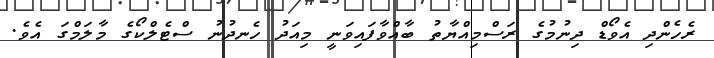
ރެެހެންދި އެވޯޑް ދިނުމުގެ ރަސްމިއްޔާތު ބާއްވާފައިވަނީ މިއަދު ހެނދުނު ސްޓެލްކޯގެ މާލަމްގަ އެވެ.